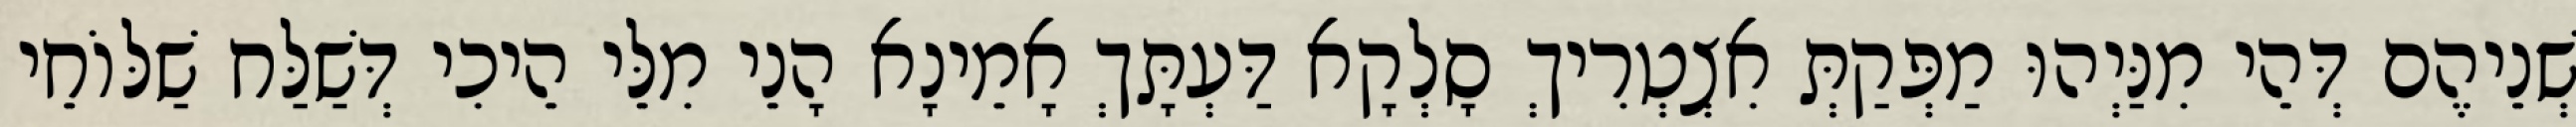
שְׁנֵיהֶם דְּהֵי מִנַּיְהוּ מַפְּקַתְּ אִצְטְרִיךְ סָלְקָא דַּעְתָּךְ אָמֵינָא הָנֵי מִלֵּי הֵיכִי דְּשַׁלַּח שַׁלּוֹחֵי